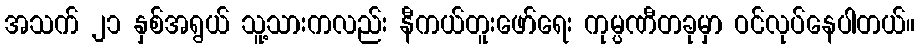
အသက် ၂၁ နှစ်အရွယ် သူ့သားကလည်း နီကယ်တူးဖော်ရေး ကုမ္ပဏီတခုမှာ ဝင်လုပ်နေပါတယ်။